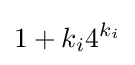
1+k_{i}4^{k_{i}}